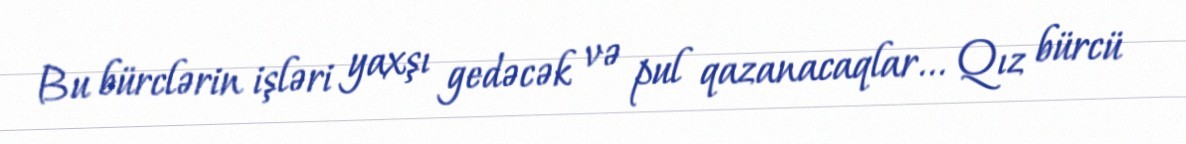
Bu bürclərin işləri yaxşı gedəcək və pul qazanacaqlar... Qız bürcü